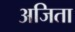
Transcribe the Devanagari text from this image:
अजिता